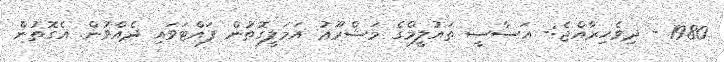
1980 - ދިވެހިރާއްޖެ:- އަސާސީ ތައުލީމްގެ މަޝްރޫޢު އަމަލީގޮތުން ފައްޓަވައި ދެއްވުން. އެގޮތުން